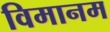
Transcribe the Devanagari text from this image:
विमानम